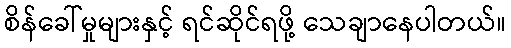
စိန်ခေါ်မှုများနှင့် ရင်ဆိုင်ရဖို့ သေချာနေပါတယ်။